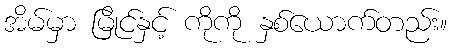
အိမ်မှာ မြိုင်နှင့် ကိုကို နှစ်ယောက်တည်း။